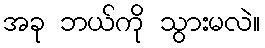
အခု ဘယ်ကို သွားမလဲ။